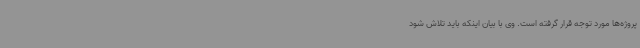
پروژه‌ها مورد توجه قرار گرفته است. وی با بیان اینکه باید تلاش شود